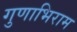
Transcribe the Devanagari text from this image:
गुणाभिराम